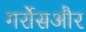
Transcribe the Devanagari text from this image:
गर्रोसऔर